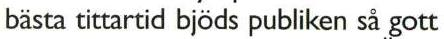
bästa tittartid bjöds publiken så gott